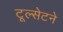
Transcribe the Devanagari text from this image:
टूल्सेटने